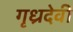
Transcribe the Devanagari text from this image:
गृध्रदेवी